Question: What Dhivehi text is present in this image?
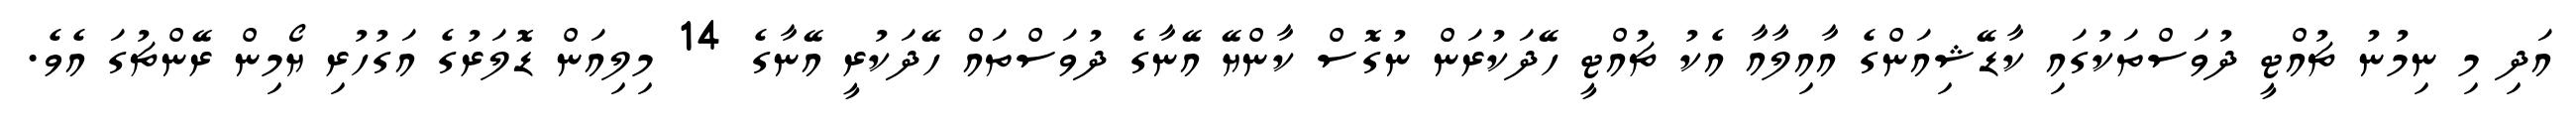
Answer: އަދި މި ނިމުނު ޗުއްޓީ ދުވަސްތަކުގައި ކާޑޭޝިއަންގެ އާއިލާއާ އެކު ޗުއްޓީ ހޭދަކުރަން ނުގޮސް ކާންޔޭ އޭނާގެ ދުވަސްތައް ހޭދަކުރީ އޭނާގެ 14 މިލިއަން ޑޮލަރުގެ އަގުހުރި ޔޯމިން ރޭންޗުގަ އެވެ.